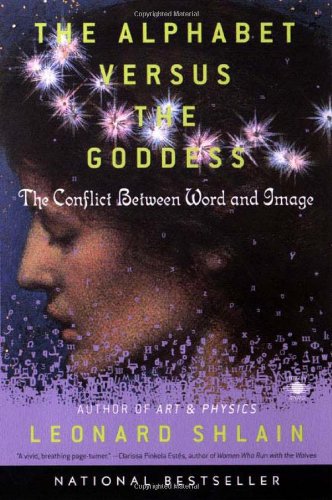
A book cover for The Alphabet Versus the Goddess: The Conflict Between Word and Image (Compass); Leonard Shlain; Science & Math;